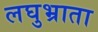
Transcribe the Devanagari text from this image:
लघुभ्राता